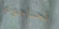
تحتاجونه